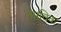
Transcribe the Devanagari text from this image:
नारविक